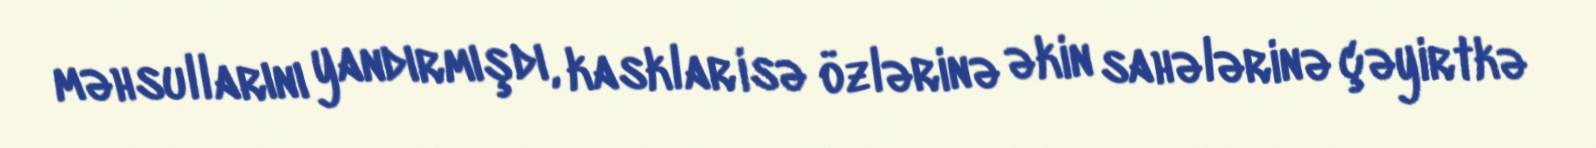
məhsullarını yandırmışdı, kasklar isə özlərinə əkin sahələrinə çəyirtkə